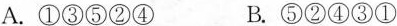
A.①③⑤②④ B.⑤②④③①